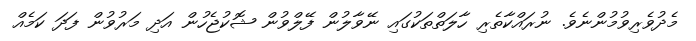
މެދުވެރިވުމުންނެވެ. ނުރައްކާތެރި ހާލަތްތަކުގައި ނޭވާލުން ފޭލްވުން ޝޮކުޖެހުން އަދި މަރުވުން ފަދަ ކަމެއް